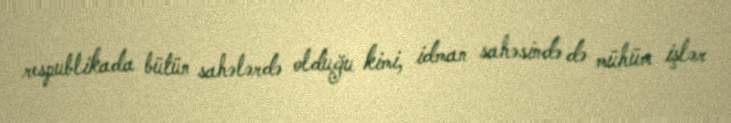
respublikada bütün sahələrdə olduğu kimi, idman sahəsində də mühüm işlər